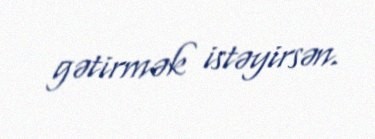
gətirmək istəyirsən.